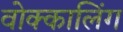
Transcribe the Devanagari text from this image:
वोक्कालिंग